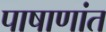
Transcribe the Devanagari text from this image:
पाषाणांत